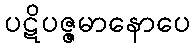
ပဋိပဇ္ဇမာနောပေ